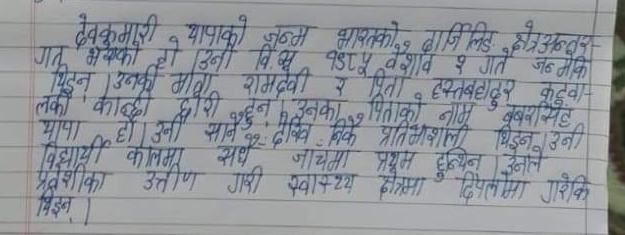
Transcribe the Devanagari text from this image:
देवकुमारी, थापाको जन्म भारतको,
भारतको, दार्जिलिङ क्षेत्र अन्तर
गत भएको हो । उनी
लाईट उनकी माता
रामदेवी र पिता, हस्तबहादुर कुटुबा
लकी, कान्छी छोरी हरुदन । उनका पिताको नाम, बबरसिंह
थापा हो। उनी सानै देखि नै निकै प्रतिभावशाली थिइन, उनी
विद्यार्थी कालमा सथ जाचमा प्रथम हुन्थिन । उनले
प्रवेशीका उत्तीण गरी स्वास्थ्य क्षेत्रमा दिपलोमा गरेकि
मिइन।